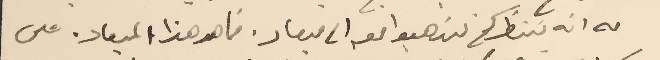
له انه يننتظركم لتذهبوا معه الى ميعاد. فما هو هذا الميعاد. على